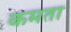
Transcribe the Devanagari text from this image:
कमता